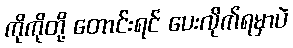
ကိုကိုတို့ တောင်းရင် ပေးလိုက်ရမှာပဲ